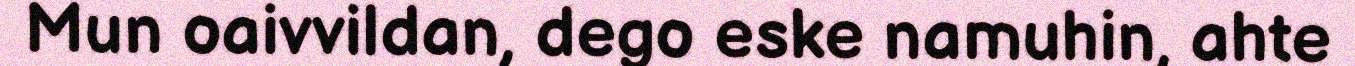
Mun oaivvildan, dego eske namuhin, ahte